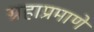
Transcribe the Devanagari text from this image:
ग्रहाप्रमाणे